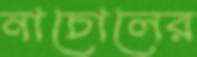
নাচোলের